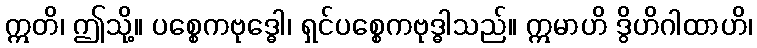
ဣတိ၊ ဤသို့။ ပစ္စေကဗုဒ္ဓေါ၊ ရှင်ပစ္စေကဗုဒ္ဓါသည်။ ဣမာဟိ ဒွိဟိဂါထာဟိ၊